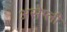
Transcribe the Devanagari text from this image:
असेम्ली